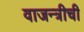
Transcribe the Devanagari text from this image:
वाजन्त्रीची